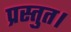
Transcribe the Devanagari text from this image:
प्रस्तुत।